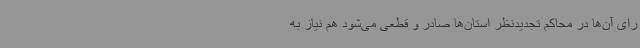
رای آن‌ها در محاکم تجدیدنظر استان‌ها صادر و قطعی می‌شود هم نیاز به